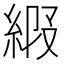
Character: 𦀩